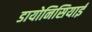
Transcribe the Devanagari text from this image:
डायोनिसियाई